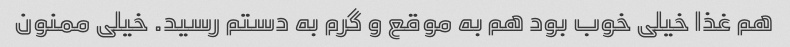
هم غذا خیلی خوب بود هم به موقع و گرم به دستم رسید. خیلی ممنون